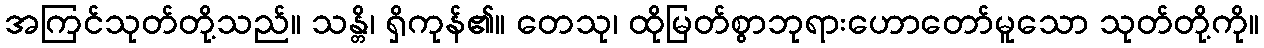
အကြင်သုတ်တို့သည်။ သန္တိ၊ ရှိကုန်၏။ တေသု၊ ထိုမြတ်စွာဘုရားဟောတော်မူသော သုတ်တို့ကို။